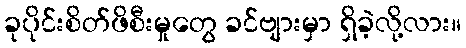
ခုပိုင်းစိတ်ဖိစီးမှုတွေ ခင်ဗျားမှာ ရှိခဲ့လို့လား။